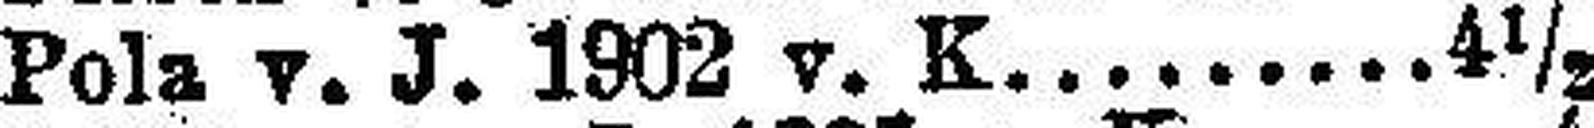
Pola v. J. 1902 v. K. 4½